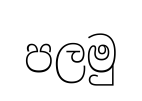
පලමු